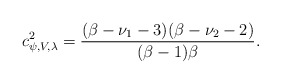
\begin{align*}c^2_{\psi, V,\lambda}=\frac{(\beta-\nu_1-3)(\beta-\nu_2-2)}{(\beta-1)\beta}.\end{align*}